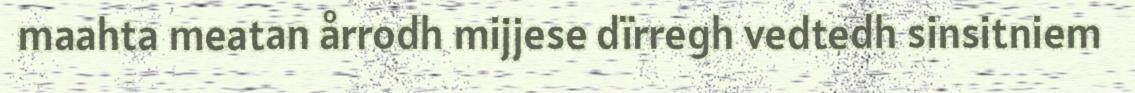
maahta meatan årrodh mijjese dïrregh vedtedh sinsitniem